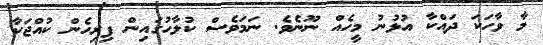
މާ ވާހަކަ ދައްކާ އުޅުނު މީހެއް ނޫނެވެ. ނަމަވެސް ކުލާހުގައިން ފިރިހެން ކުއްޖަކާ